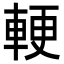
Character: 𮝓